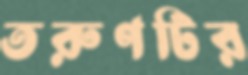
তরুণটির